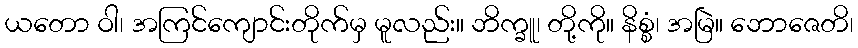
ယတော ဝါ၊ အကြင်ကျောင်းတိုက်မှ မူလည်း။ ဘိက္ခူ၊ တို့ကို။ နိစ္စံ၊ အမြဲ။ ဘောဇေတိ၊